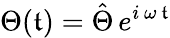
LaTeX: \Theta(\mathfrak{t})=\hat{{\Theta}}\, e^{i\, \omega\, \mathfrak{t}}